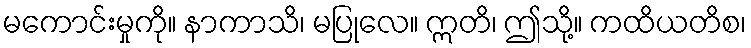
မကောင်းမှုကို။ နာကာသိ၊ မပြုလေ။ ဣတိ၊ ဤသို့။ ကထိယတိစ၊